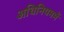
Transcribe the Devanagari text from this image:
अधिनियममें